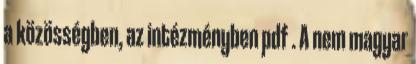
a közösségben, az intézményben pdf . A nem magyar